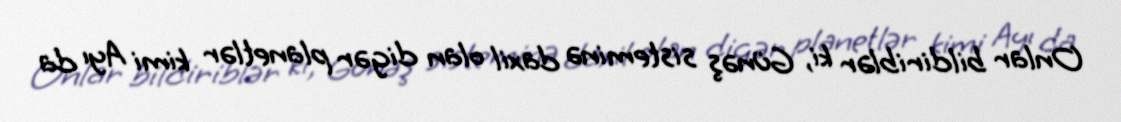
Onlar bildiriblər ki, Günəş sisteminə daxil olan digər planetlər kimi Ayı da